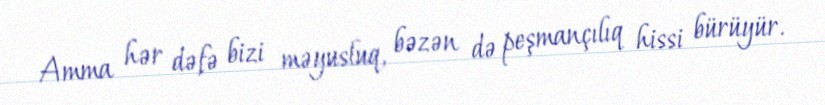
Amma hər dəfə bizi məyusluq, bəzən də peşmançılıq hissi bürüyür.